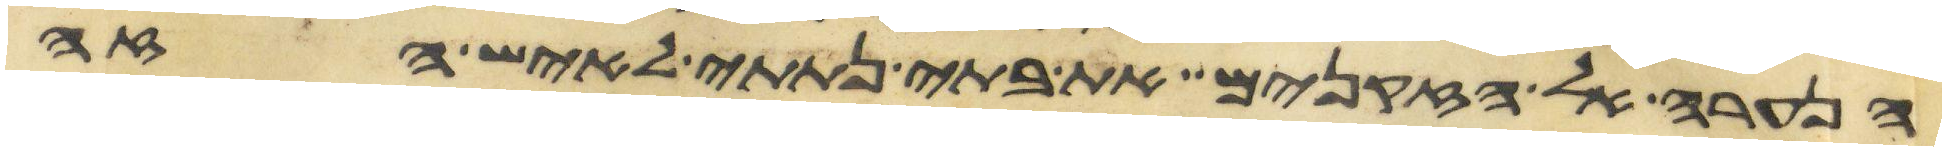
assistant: הנערה אל הזקנים את בתי נתתי לאיש הזה